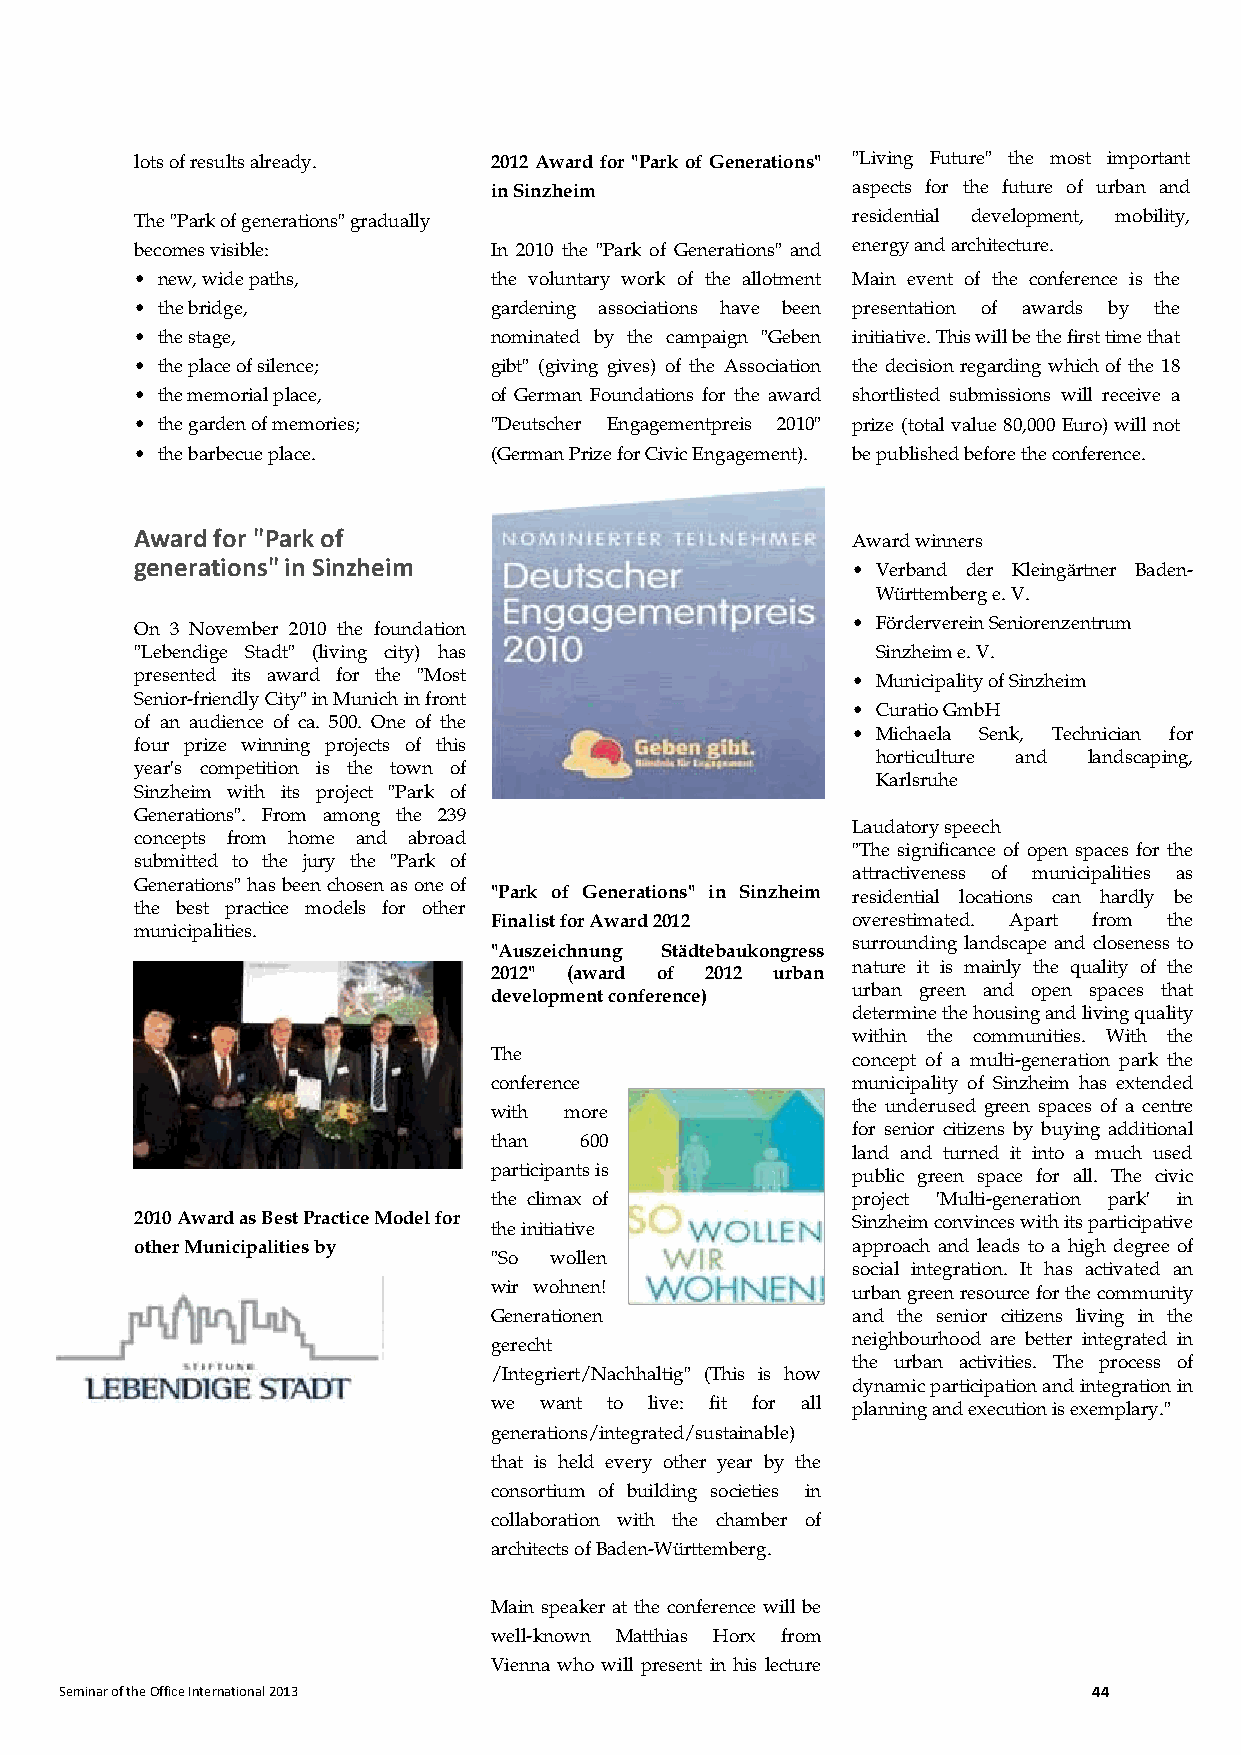
lots of results already. 2012 Award for "Park of Generations" "Living Future" the most important
 in Sinzheim             aspects for the future of urban and
 The "Park of generations" gradually            residential development, mobility,
 becomes visible:       In 2010 the "Park of Generations" and energy and architecture.
 • new, wide paths,     the voluntary work of the allotment Main event of the conference is the
 • the bridge,          gardening associations have been presentation of awards by the
 • the stage,           nominated by the campaign "Geben initiative. This will be the first time that
 • the place of silence; gibt" (giving gives) of the Association the decision regarding which of the 18
 • the memorial place,  of German Foundations for the award shortlisted submissions will receive a
 • the garden of memories; "Deutscher Engagementpreis 2010" prize (total value 80,000 Euro) will not
 • the barbecue place.  (German Prize for Civic Engagement). be published before the conference.
 Award for "Park of
 Award winners
 generations" in Sinzheim
 • Verband der Kleingärtner Baden-
 Württemberg e. V.
 On 3 November 2010 the foundation              • Förderverein Seniorenzentrum
 "Lebendige Stadt" (living city) has              Sinzheim e. V.
 presented its award for the "Most              • Municipality of Sinzheim
 Senior-friendly City" in Munich in front
 • Curatio GmbH
 of an audience of ca. 500. One of the
 • Michaela Senk, Technician for
 four prize winning projects of this
 horticulture and landscaping,
 year's competition is the town of
 Karlsruhe
 Sinzheim with its project "Park of
 Generations". From among the 239
 Laudatory speech
 concepts from home and abroad
 "The significance of open spaces for the
 submitted to the jury the "Park of
 attractiveness of municipalities as
 Generations" has been chosen as one of
 "Park of Generations" in Sinzheim residential locations can hardly be
 the best practice models for other
 Finalist for Award 2012 overestimated. Apart from the
 municipalities.
 surrounding landscape and closeness to
 "Auszeichnung Städtebaukongress
 nature it is mainly the quality of the
 2012" (award of 2012 urban
 development conference) urban green and open spaces that
 determine the housing and living quality
 within the communities. With the
 The                     concept of a multi-generation park the
 conference              municipality of Sinzheim has extended
 with more               the underused green spaces of a centre
 for senior citizens by buying additional
 than  600
 land and turned it into a much used
 participants is         public green space for all. The civic
 the climax of           project 'Multi-generation park' in
 2010 Award as Best Practice Model for the initiative Sinzheim convinces with its participative
 other Municipalities by                        approach and leads to a high degree of
 "So wollen
 social integration. It has activated an
 wir wohnen!             urban green resource for the community
 Generationen            and the senior citizens living in the
 gerecht                 neighbourhood are better integrated in
 the urban activities. The process of
 /Integriert/Nachhaltig" (This is how
 dynamic participation and integration in
 we  want to live: fit for all planning and execution is exemplary."
 generations/integrated/sustainable)
 that is held every other year by the
 consortium of building societies in
 collaboration with the chamber of
 architects of Baden-Württemberg.
 Main speaker at the conference will be
 well-known Matthias Horx from
 Vienna who will present in his lecture
 Seminar of the Office International 2013                            44